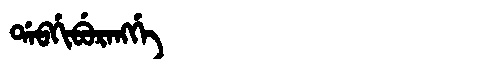
Manchu: ᡩᠠᠪᡤᡳᠪᡠᡵᠠᠩᡤᡝ
Romanization: DABGIBURANGGE